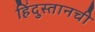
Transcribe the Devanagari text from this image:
हिंदुस्तानची